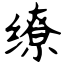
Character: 缭